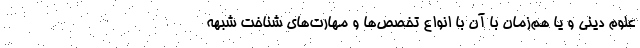
علوم دینی و یا هم‌زمان با آن با انواع تخصص‌ها و مهارت‌های شناخت شبهه